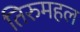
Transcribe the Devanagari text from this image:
तिरुमहल